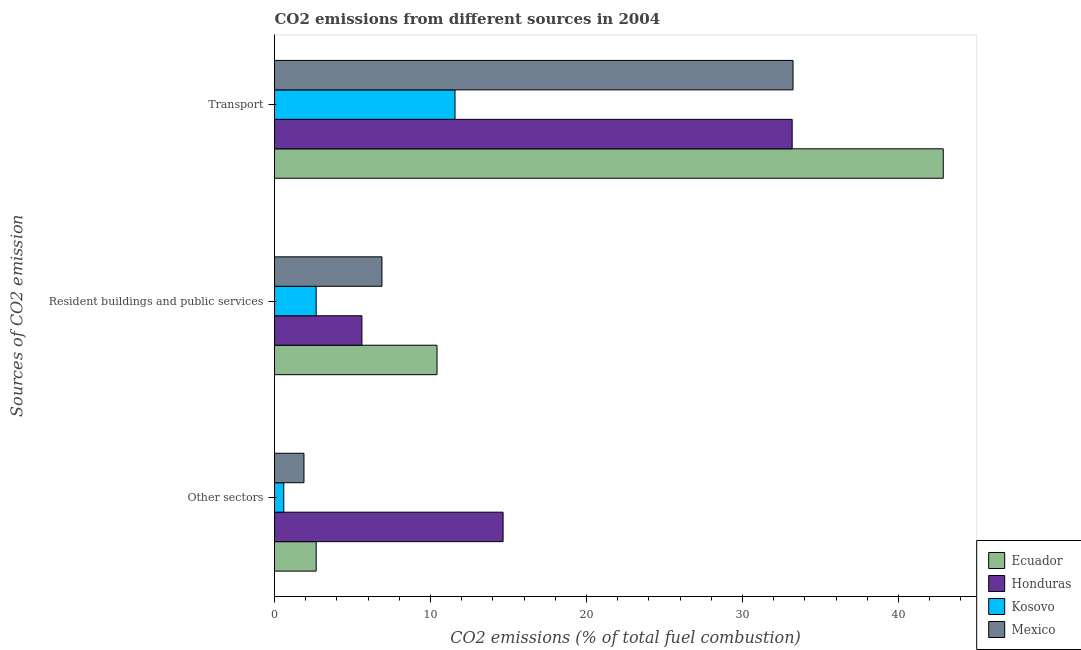
| Sources of CO2 emission | Ecuador | Honduras | Kosovo | Mexico |
 | --- | --- | --- | --- | --- |
 | Other sectors | 2.67 | 14.7 | 0.593 | 1.89 |
 | Resident buildings and public services | 10.4 | 5.6 | 2.67 | 6.89 |
 | Transport | 42.9 | 33.2 | 11.6 | 33.2 |